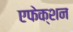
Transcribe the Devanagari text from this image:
एफेक्शन